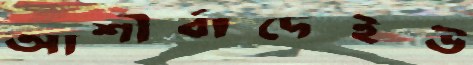
আশীর্বাদেইউ